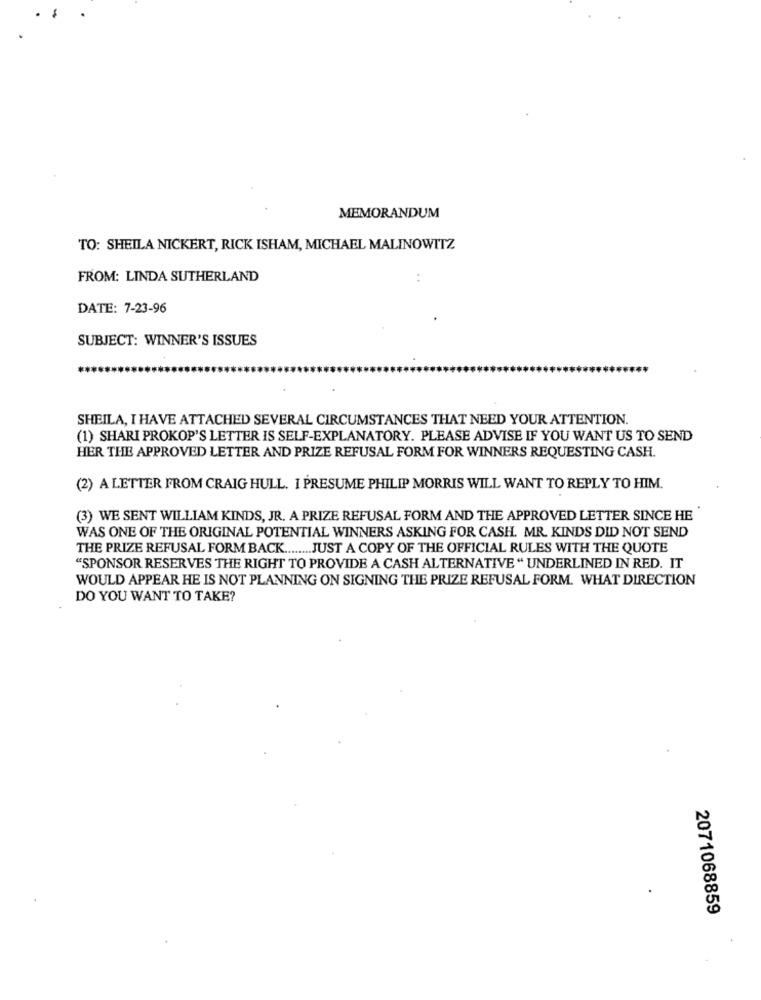
MEMORANDUM
TO: SHEILA NICKERT, RICK ISHAM, MICHAEL MALINOWITZ
FROM: LINDA SUTHERLAND
DATE: 7-23-96
SUBJECT: WINNER'S ISSUES
SHEILA, I HAVE ATTACHED SEVERAL CIRCUMSTANCES THAT NEED YOUR ATTENTION.
(1) SHARI PROKOP'S LETTER IS SELF-EXPLANATORY. PLEASE ADVISE IF YOU WANT US TO SEND
HER THE APPROVED LETTER AND PRIZE REFUSAL FORM FOR WINNERS REQUESTING CASH.
(2) A LETTER FROM CRAIG HULL. I PRESUME PHILIP MORRIS WILL WANT TO REPLY TO HIM.
(3) WE SENT WILLIAM KINDS, JR. A PRIZE REFUSAL FORM AND THE APPROVED LETTER SINCE HE
WAS ONE OF THE ORIGINAL POTENTIAL WINNERS ASKING FOR CASH. MR. KINDS DID NOT SEND
THE PRIZE REFUSAL FORM BACK ........ JUST A COPY OF THE OFFICIAL RULES WITH THE QUOTE
"SPONSOR RESERVES THE RIGHT TO PROVIDE A CASH ALTERNATIVE " UNDERLINED IN RED. IT
WOULD APPEAR HE IS NOT PLANNING ON SIGNING THE PRIZE REFUSAL FORM. WHAT DIRECTION
DO YOU WANT TO TAKE?
2071068859